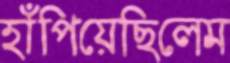
হাঁপিয়েছিলেম